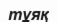
тұяқ